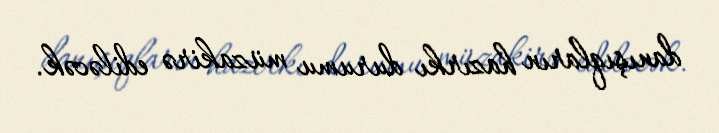
danışıqların hazırkı durumu müzakirə ediləcək.